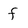
Character: f